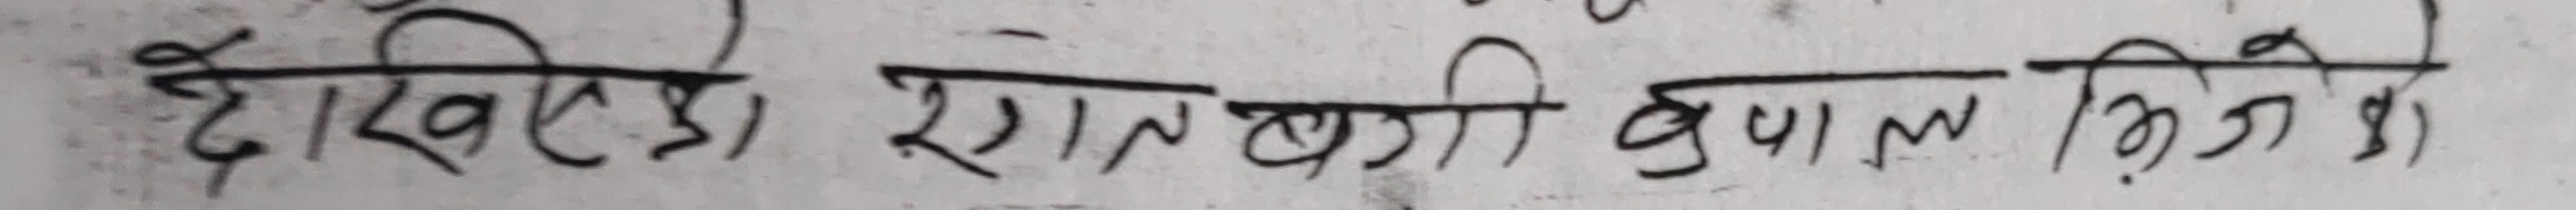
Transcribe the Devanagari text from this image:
देखियो रातबाजी कुशल मिजियो।